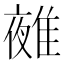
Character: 𨿤